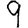
Digit: 9